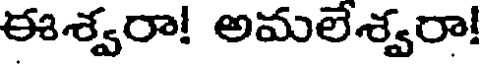
ఈశ్వరా! అమలేశ్వరా!